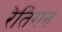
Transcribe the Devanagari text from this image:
रेतिगन